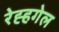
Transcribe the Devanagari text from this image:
रेह्हगेल